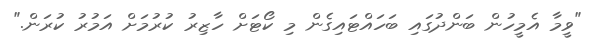
"ވީމާ އެމީހުން ބަންދުގައި ބަހައްޓައިގެން މި ކޯޓަށް ހާޒިރު ކުރުމަށް އަމުރު ކުރަން."